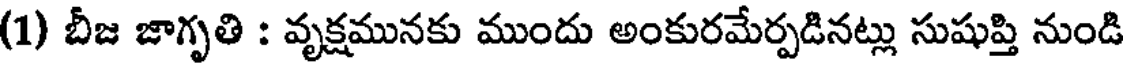
(1) బీజ జాగృతి : వృక్షమునకు ముందు అంకురమేర్పడినట్లు సుషుప్తి నుండి